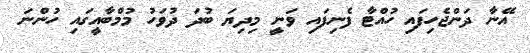
އޭނާ ދަންޖެހިފައި ހުއްޓާ ފެނިފައި ވަނީ މިދިޔަ ބުދަ ދުވަހު މުމްބާއީގައި ހުންނަ